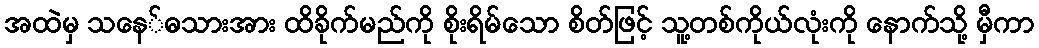
အထဲမှ သနေ်ဓသားအား ထိခိုက်မည်ကို စိုးရိမ်သော စိတ်ဖြင့် သူ့တစ်ကိုယ်လုံးကို နောက်သို့ မှီကာ